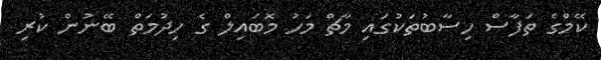
ކޭމްގެ ތަފާސް ހިސާބުތަކުގައި މާޗް މަހު މޮބައިލް ގެ ހިދުމަތް ބޭނުން ކުރި